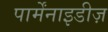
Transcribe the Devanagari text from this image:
पार्मेंनाइडीज़